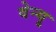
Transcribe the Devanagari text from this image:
वेन्यू